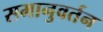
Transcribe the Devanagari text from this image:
समानुवर्तन